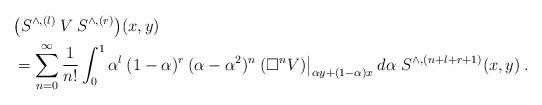
LaTeX: \begin{align*}&\big( S^{\wedge, (l)} \:V\: S^{\wedge, (r)} \big)(x,y) \\&= \sum_{n=0}^\infty \frac{1}{n!} \int_0^1 \alpha^{l} \:(1-\alpha)^r\:(\alpha - \alpha^2)^n \: (\Box^n V) \big|_{\alpha y + (1-\alpha) x} \:d\alpha\;S^{\wedge, (n+l+r+1)}(x,y) \:.\end{align*}